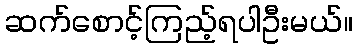
ဆက်စောင့်ကြည့်ရပါဦးမယ်။